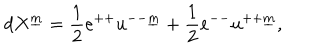
LaTeX: d X ^ { \underline { { { m } } } } = { \frac { 1 } { 2 } } e ^ { + + } u ^ { -- \underline { { { m } } } } + { \frac { 1 } { 2 } } e ^ { -- } u ^ { + + \underline { { { m } } } } ,